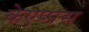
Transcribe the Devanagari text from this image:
केएप्पस